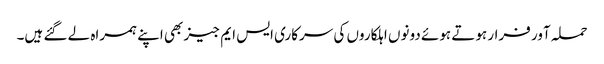
حملہ آور فرار ہوتے ہوئے دونوں اہلکاروں کی سرکاری ایس ایم جیز بھی اپنے ہمراہ لے گئے ہیں۔